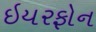
ઇયરફોન